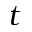
t